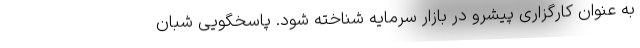
به عنوان کارگزاری پیشرو در بازار سرمایه شناخته شود. پاسخگویی شبان